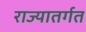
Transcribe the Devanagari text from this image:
राज्यातर्गत